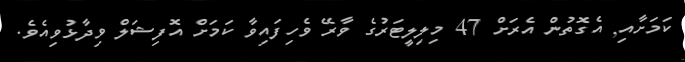
ކަމަށާއި